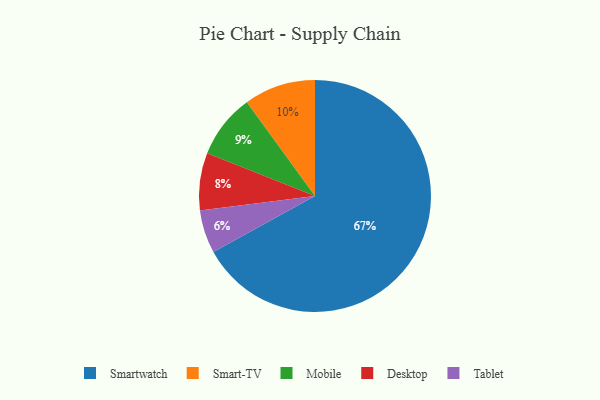
{"axis": {"x": "Category", "y": "Percentage"}, "legend": ["Desktop", "Mobile", "Smart-TV", "Smartwatch", "Tablet"], "data": [{"x": "Smartwatch", "y": 67, "type": "Smartwatch"}, {"x": "Tablet", "y": 6, "type": "Tablet"}, {"x": "Mobile", "y": 9, "type": "Mobile"}, {"x": "Smart-TV", "y": 10, "type": "Smart-TV"}, {"x": "Desktop", "y": 8, "type": "Desktop"}]}